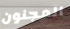
المجنون